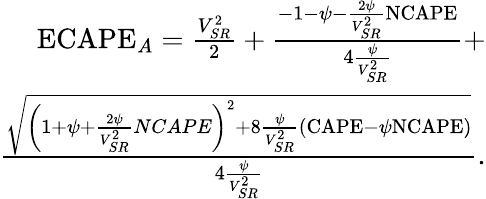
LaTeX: \begin{array}{r}{\mathrm{ECAPE}_{A}=\frac{V_{SR}^{2}}{2}+\frac{-1-\psi-\frac{2\psi}{V_{SR}^{2}}\mathrm{NCAPE}}{4\frac{\psi}{V_{SR}^{2}}}+}\\ {\frac{\sqrt{\left(1+\psi+\frac{2\psi}{V_{SR}^{2}}NCAPE\right)^{2}+8\frac{\psi}{V_{SR}^{2}}\left(\mathrm{CAPE}-\psi\mathrm{NCAPE}\right)}}{4\frac{\psi}{V_{SR}^{2}}}.}\end{array}